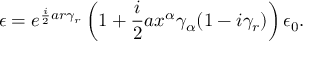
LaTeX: \epsilon = e ^ { \frac { i } { 2 } a r \gamma _ { r } } \left( 1 + \frac { i } { 2 } a x ^ { \alpha } \gamma _ { \alpha } ( 1 - i \gamma _ { r } ) \right) \epsilon _ { 0 } .